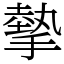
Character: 摰